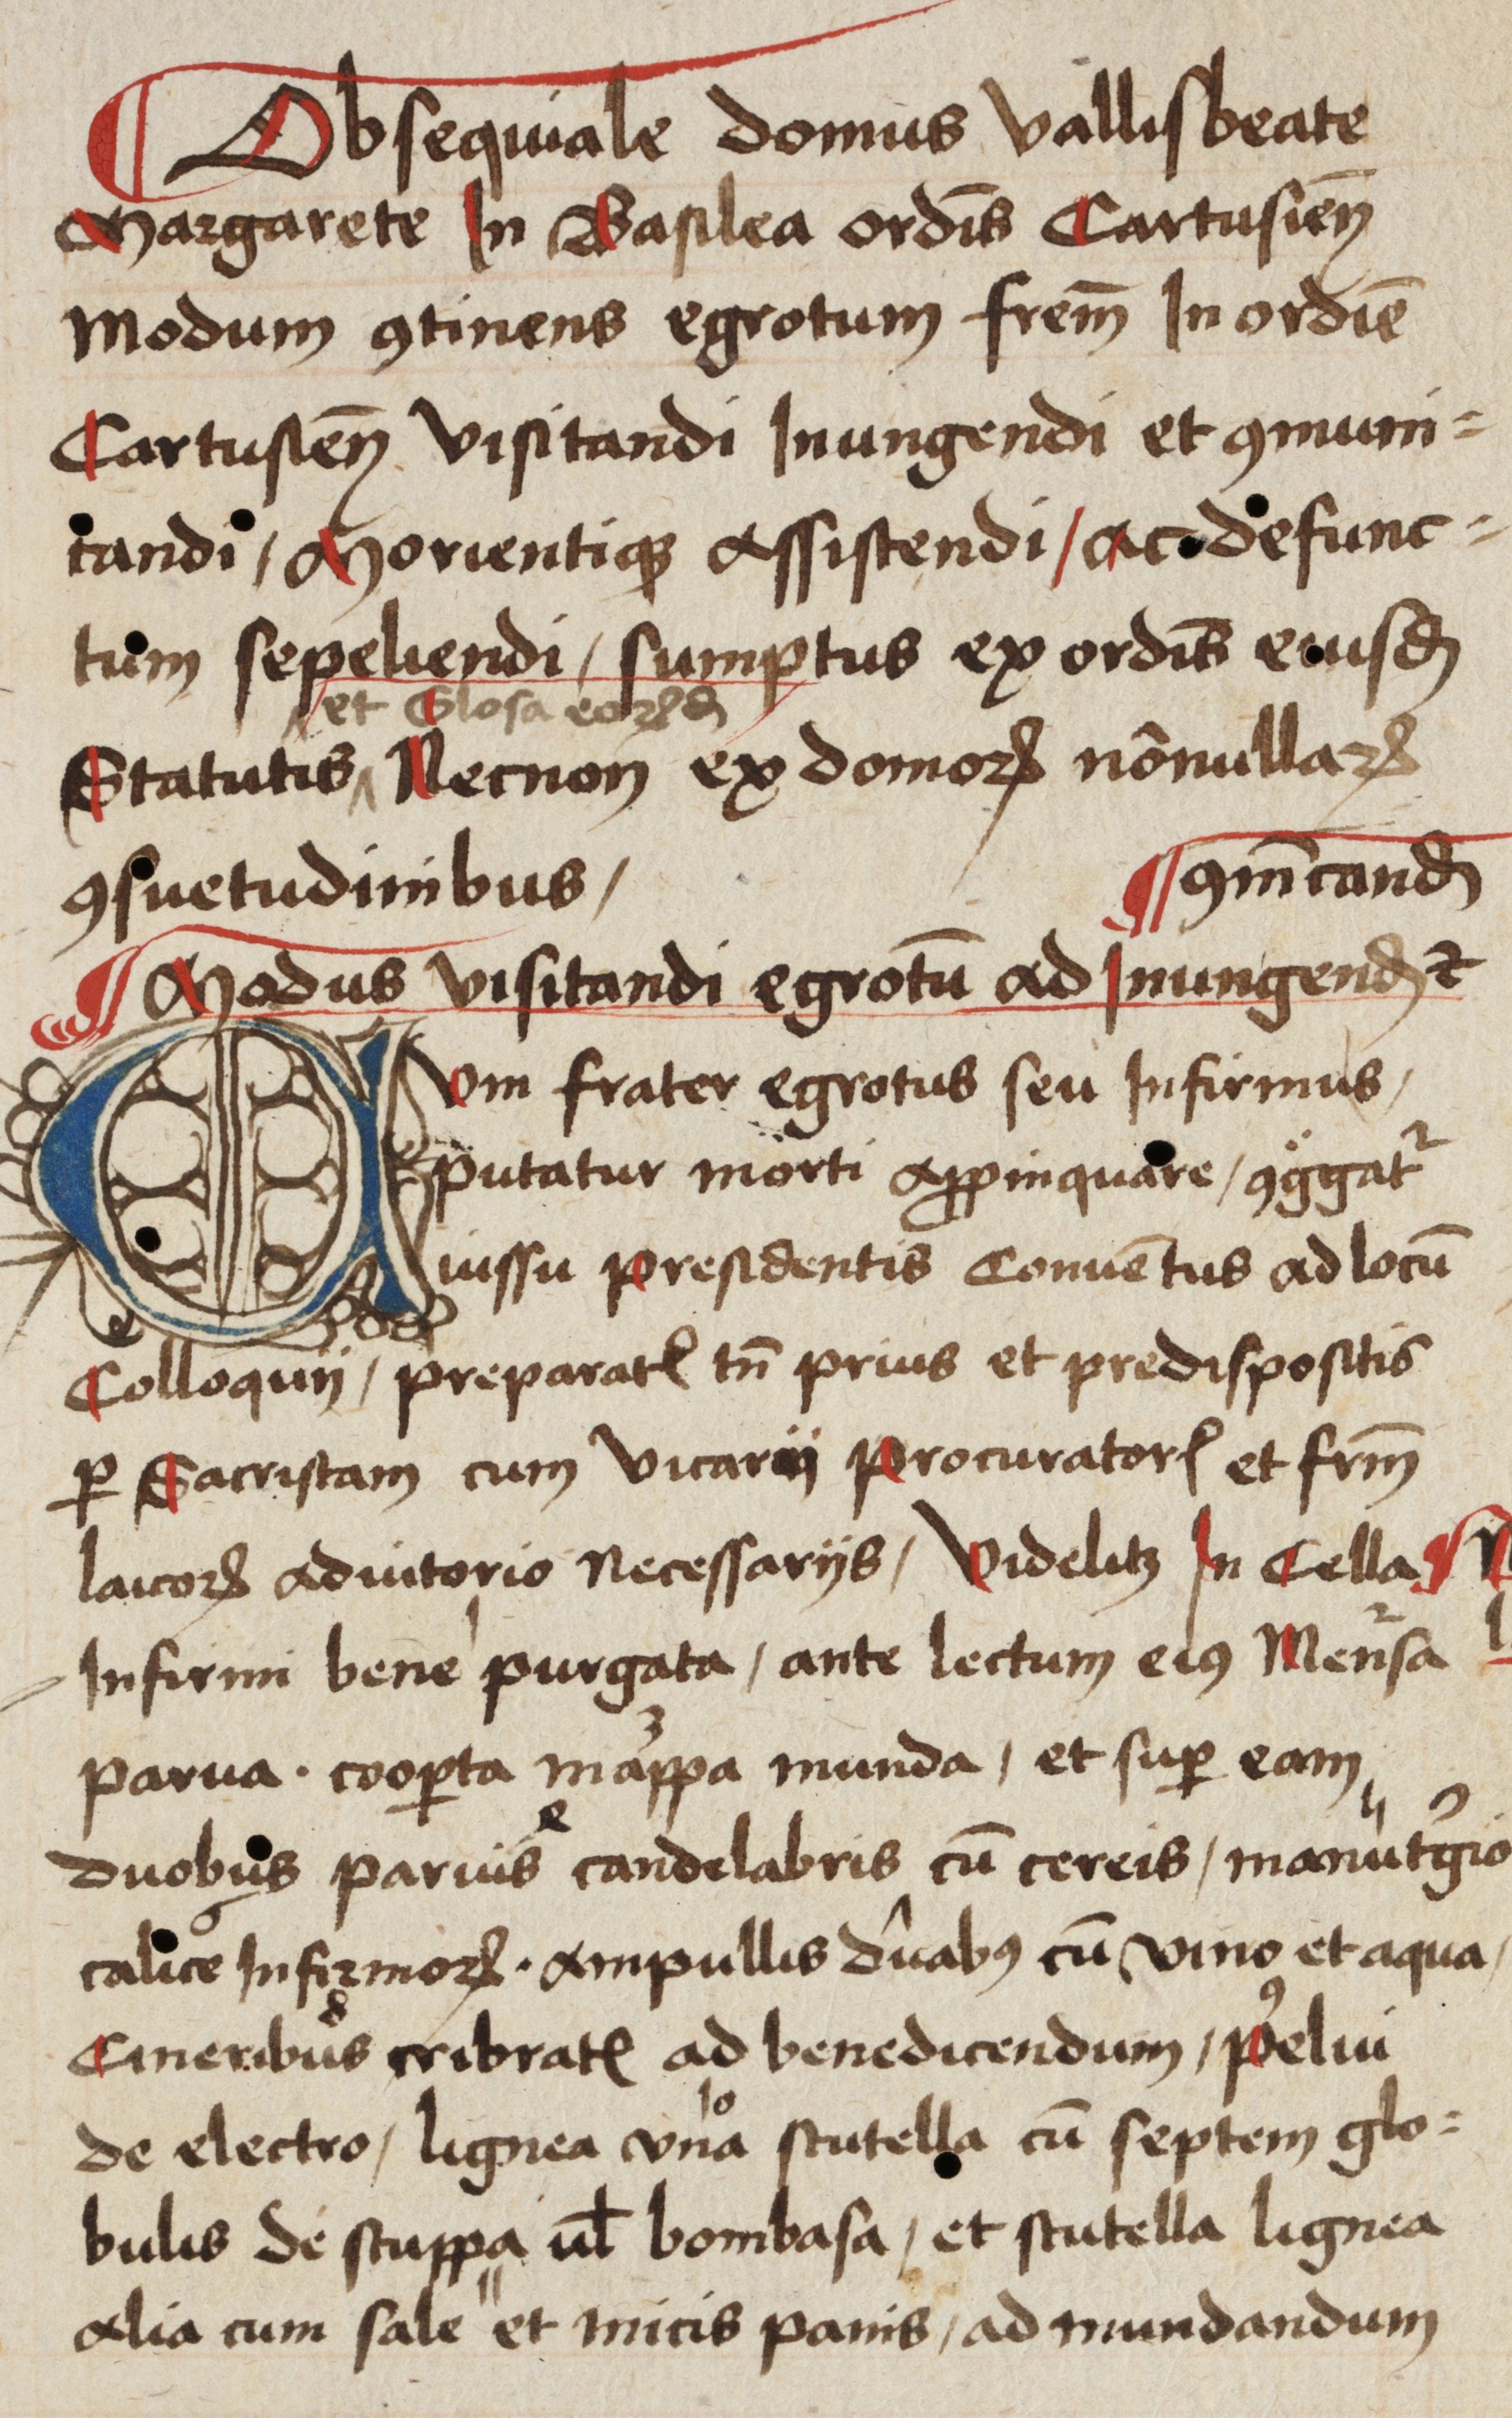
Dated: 1485–1515